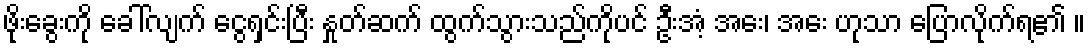
ဖိုးခွေးကို ခေါ်လျက် ငွေရှင်းပြီး နှုတ်ဆက် ထွက်သွားသည်ကိုပင် ဦးအံ့ အေး၊ အေး ဟုသာ ပြောလိုက်ရ၏ ။